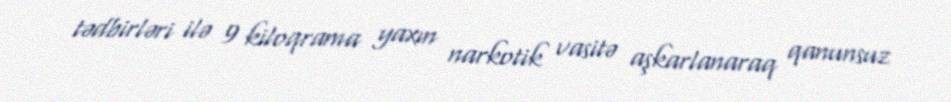
tədbirləri ilə 9 kiloqrama yaxın narkotik vasitə aşkarlanaraq qanunsuz